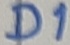
Text: D1